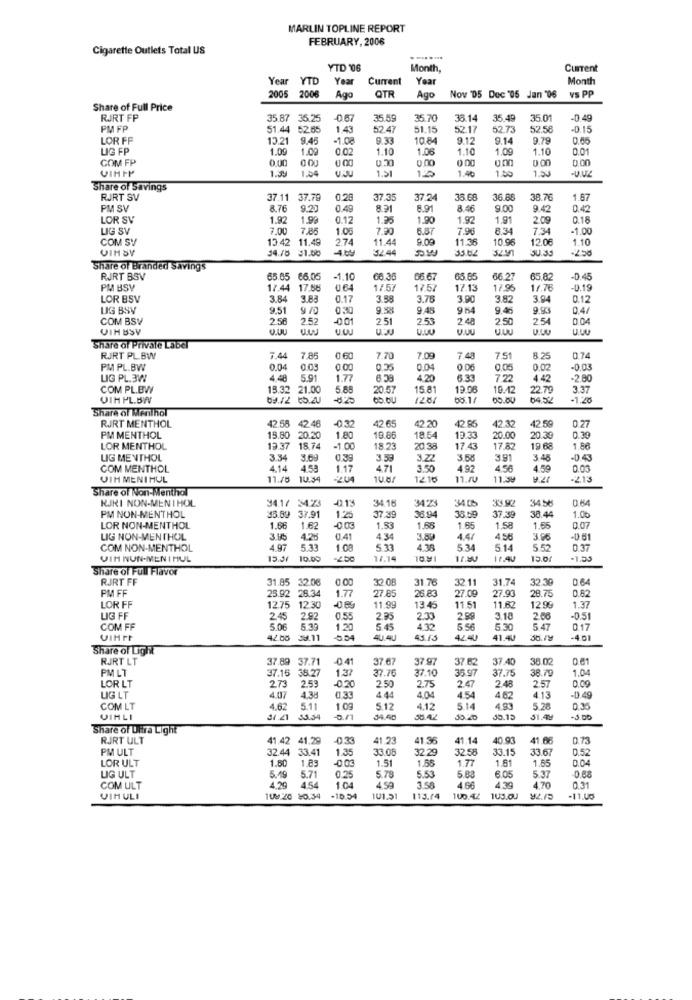
MARLIN TOPLINE REPORT
FEBRUARY, 2006
Cigarette Outlets Total US
YTD '06
Month,
Current
Year YTD
Year
Current
Year
Month
2005 2006
Nov 'D5 Dec '05 Jan "06
vs PP
Ago
QTR
Ago
Share of Full Price
RJRT FP
35.87 35.25
35.59
35.70
35.14
35.49
35.01
-0.49
PM FP
51.44 52.55
1 43
52.4
51.15
52.17
52.7
52.58
-0.15
LOR FF
13.21
9.45
-1.08
9.33
10.84
9.12
9.14
9.78
0.65
LIG FP
1.09
1.00
0.02
1.10
1.06
1.10
1.0
1.10
0.01
COM FP
0.00
0.00
0.00
VIHIP
1.39
1.04
1.51
1.40
1.50
1.50
Share of Savings
RJRT SV
37.11 37.79
0.28
37.35
37.24
33.68
36.8
38.70
1 87
PM SV
8.76
9.2
0.4
8.91
8.46
9.00
9.42
0.42
LOR SV
1.92
1.99
0.12
1.25
1.90
1.92
1.91
2.09
0.18
LIG SV
7.00
7.85
1.05
7.30
6.87
7.96
8.34
7.34
1.00
COM SV
13.42 11.49
274
11.44
9.09
11.36
10.9
12.06
1.10
VIH SV
34.18 31.00
312.44
35.62
30 35
Share of Branded Savings
RJRT BSV
65.65 66.05
-1.10
66.36
66 67
65 65
66.27
65.82
-0.45
PM BSV
17.44 17.88
064
17.61
17.57
17.13
17.96
11.76
-0.19
LOR BSV
3.84
3.83
0.17
3.58
3.76
3.90
3.82
3.94
LIG BSV
9.51
9.58
9.48
9 84
9.46
0.4/
COM BSV
2.56
2.52
00
25
2.53
2.48
2.50
2.54
0.04
VIH BSV
Share of Private Label
RJRT PL.BW
7.44
7.85
06
7.70
7.09
7.48
7.5
8.25
0.74
PM PL.BW
0.04
0.00
0.04
0.06
0.05
0.02
-0.03
LIG PL.3W
4 48
5.91
1.77
4.20
6.33
7.22
4.42
-2 80
COM PL.BV
15.32 21.00
5.85
20.5
15.81
19.06
19.12
22.79
3.37
VIH PL.BW
69./2 :5.20
65.OU
05.00
64.52
-1.28
Share of Menthol
42 5
RURT MENTHOL
42.46
0.32
42.65
42.20
42.85
42.32
42.59
0.27
PM MENTHOL
15.80 20.20
1.80
19.8
18.54
19.33
20.00
20.30
0.39
LOR MENTHOL
13 37
18.74
-1.00
18.23
20 .38
17.43
17.82
19 68
1.86
LIG MENTHOL
3.34
3.69
0,39
3.59
3.22
3.58
3.91
3 45
COM MENTHOL
4.14
4.58
1.17
4.71
3.50
497
4.56
4.59
0.03
VIH MENIHUL
11.78 10.34
-204
12.16
1.10
11:34
-213
Share of Non-Menthol
RJKI NON-MENTHOL
34.23
34,58
0.64
PM NON-MENTHOL
34.17 34.23
-02.13
34.18
36.94
34.05
38.44
1.00
35.89 37.91
1.25
37.39
38.59
37.39
LOR NON-MENTHOL
1.66
1.62
-0 .03
1.53
1.6
1.65
1.58
1.55
0.07
LIG NON-MENTHOL
3.15
4.28
0.41
4.34
3.80
4.47
4.56
3.96
-0 51
COM NON-MENTHOL
4.97
5.33
1.00
5 33
4.38
5 34
5.14
55
0.37
VIH NUN-MEN IHUL
15.51
10.00
17.14
17.40
17.4
15.0/
-1.33
Share of Full Flavor
RJRT FF
31.85 32.06
31.85 32.06
31.85
32.06
0.00
32 08
31.76
32.11
31.74
32.30
0.64
PM FF
25.92
28.34
26.83
27.09
27.90
28.75
0.82
1.77
27.85
1.37
LOR FF
12.75
12 30
11.99
13.45
11.51
11.62
12 99
LIG FF
2.45
2.92
0.5
2.33
2.99
3.18
2.66
-0.51
COM FF
5.06
5.39
1.20
5.45
5 56
5 30
5.47
VIHPF
42.05
39.11
5.54
4U.4U
45.15
42.40
11.40
-4.01
Share of Light
RJRT LT
37.89 37.71
0.41
37.6
37 97
37.62
37.40
38.02
0.61
PM LT
37.78
37.10
38.79
1.04
37.16 38.27
273
2.53
1.37
2.50
35.97
37.75
2.57
0.09
LOR LT
-0.20
2.75
2.48
LIG LT
4.037
4.38
0.33
4.44
4.04
4.54
4.62
4.13
-13.49
COM LT
4.62
5.11
1.09
5.12
4.12
5.14
4.93
5.28
0.35
VIHLI
34.21
53.54
34.40
30.20
10.12
51.49
-3.00
Share of Ultra Light
RJRT ULT
41.42 41.29
-0.33
41.23
41 36
41.14
40.93
41.
0.73
PM ULT
32.44 33.41
1.35
33.06
32.29
32.58
33.15
33.67
0.52
LOR ULT
1.60
1.51
1.58
1.77
1.81
1.55
0.04
1.83
5.78
5.53
5 88
5.37
LIG ULT
5.49
5.71
0.25
6.05
0.68
COM ULT
4.29
454
1.04
4.59
3.58
4.66
4.39
4.70
0.31
VIHULI
108.20 10.34
-10.54
101.51
113.14
100.AZ
1US.00
-11.00